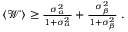
\begin{array} { r } { \langle \mathcal { W } \rangle \geq \frac { \sigma _ { \alpha } ^ { 2 } } { 1 + \sigma _ { \alpha } ^ { 2 } } + \frac { \sigma _ { \beta } ^ { 2 } } { 1 + \sigma _ { \beta } ^ { 2 } } \; . } \end{array}